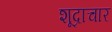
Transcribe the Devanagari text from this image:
शूद्राचार